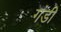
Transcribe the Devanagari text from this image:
गंडी